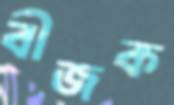
বীজক